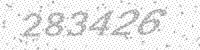
Solution: 283426